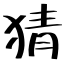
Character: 猜